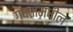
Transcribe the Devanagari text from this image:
गवतामधील